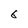
Character: 6